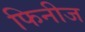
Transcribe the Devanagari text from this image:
फिनीज